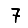
Digit: 7